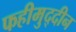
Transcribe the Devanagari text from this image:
फहीमुद्दीन